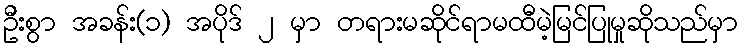
ဦးစွာ အခန်း(၁) အပိုဒ် ၂ မှာ တရားမဆိုင်ရာမထီမဲ့မြင်ပြုမှုဆိုသည်မှာ